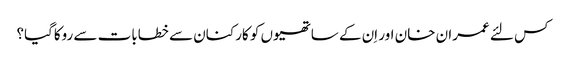
کس لئے عمران خان اور اِن کے ساتھیوں کو کارکنان سے خطابات سے روکاگیا؟